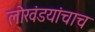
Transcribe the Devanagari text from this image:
लोखंडयांचाच